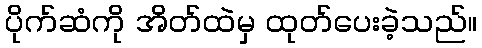
ပိုက်ဆံကို အိတ်ထဲမှ ထုတ်ပေးခဲ့သည်။